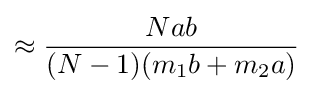
\approx {\frac {Nab}{(N-1)(m_{1}b+m_{2}a)}}